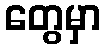
တွေမှာ